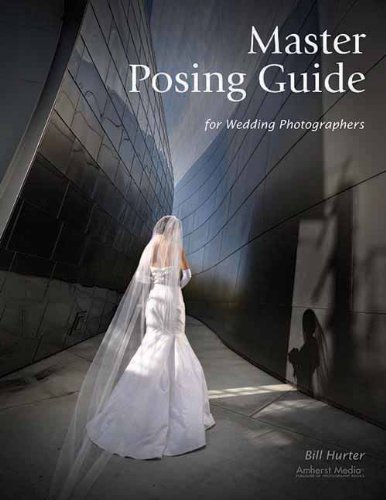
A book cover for Master Posing Guide for Wedding Photographers; Bill Hurter; Crafts, Hobbies & Home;